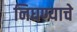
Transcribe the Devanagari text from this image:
निघण्याचे